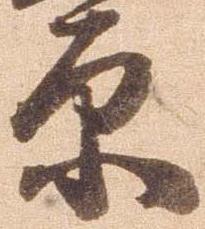
原